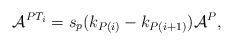
LaTeX: \begin{align*}\mathcal{A}^{PT_{i}}=s_p(k_{P(i)}-k_{P{(i+1)}})\mathcal{A}^P, \end{align*}